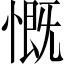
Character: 慨